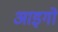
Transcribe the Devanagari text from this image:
आइगो